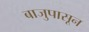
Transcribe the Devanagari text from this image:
बाजुपासून